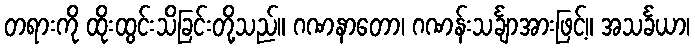
တရားကို ထိုးထွင်းသိခြင်းတို့သည်။ ဂဏနာတော၊ ဂဏန်းသင်္ချာအားဖြင့်။ အသင်္ခယာ၊